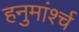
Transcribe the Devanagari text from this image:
हनुमांर्श्च